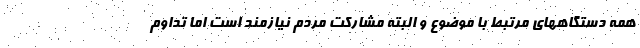
همه دستگاههای مرتبط با موضوع و البته مشارکت مردم نیازمند است اما تداوم